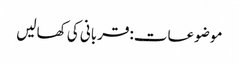
موضوعات:قربانی کی کھالیں